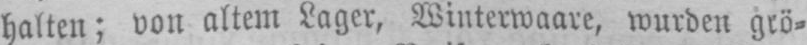
halten; von altem Lager, Winterwaare, wurden grö⸗